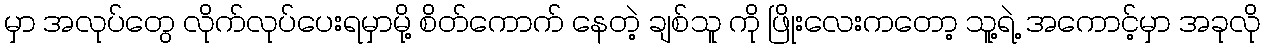
မှာ အလုပ်တွေ လိုက်လုပ်ပေးရမှာမို့ စိတ်ကောက် နေတဲ့ ချစ်သူ ကို ဖြိုးလေးကတော့ သူ့ရဲ့ အကောင့်မှာ အခုလို